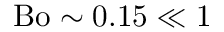
\mathrm { B o } \sim 0 . 1 5 \ll 1